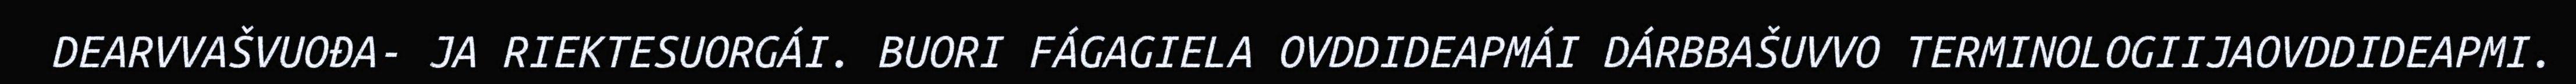
DEARVVAŠVUOĐA- JA RIEKTESUORGÁI. BUORI FÁGAGIELA OVDDIDEAPMÁI DÁRBBAŠUVVO TERMINOLOGIIJAOVDDIDEAPMI.